Riigikantselei, lk 140
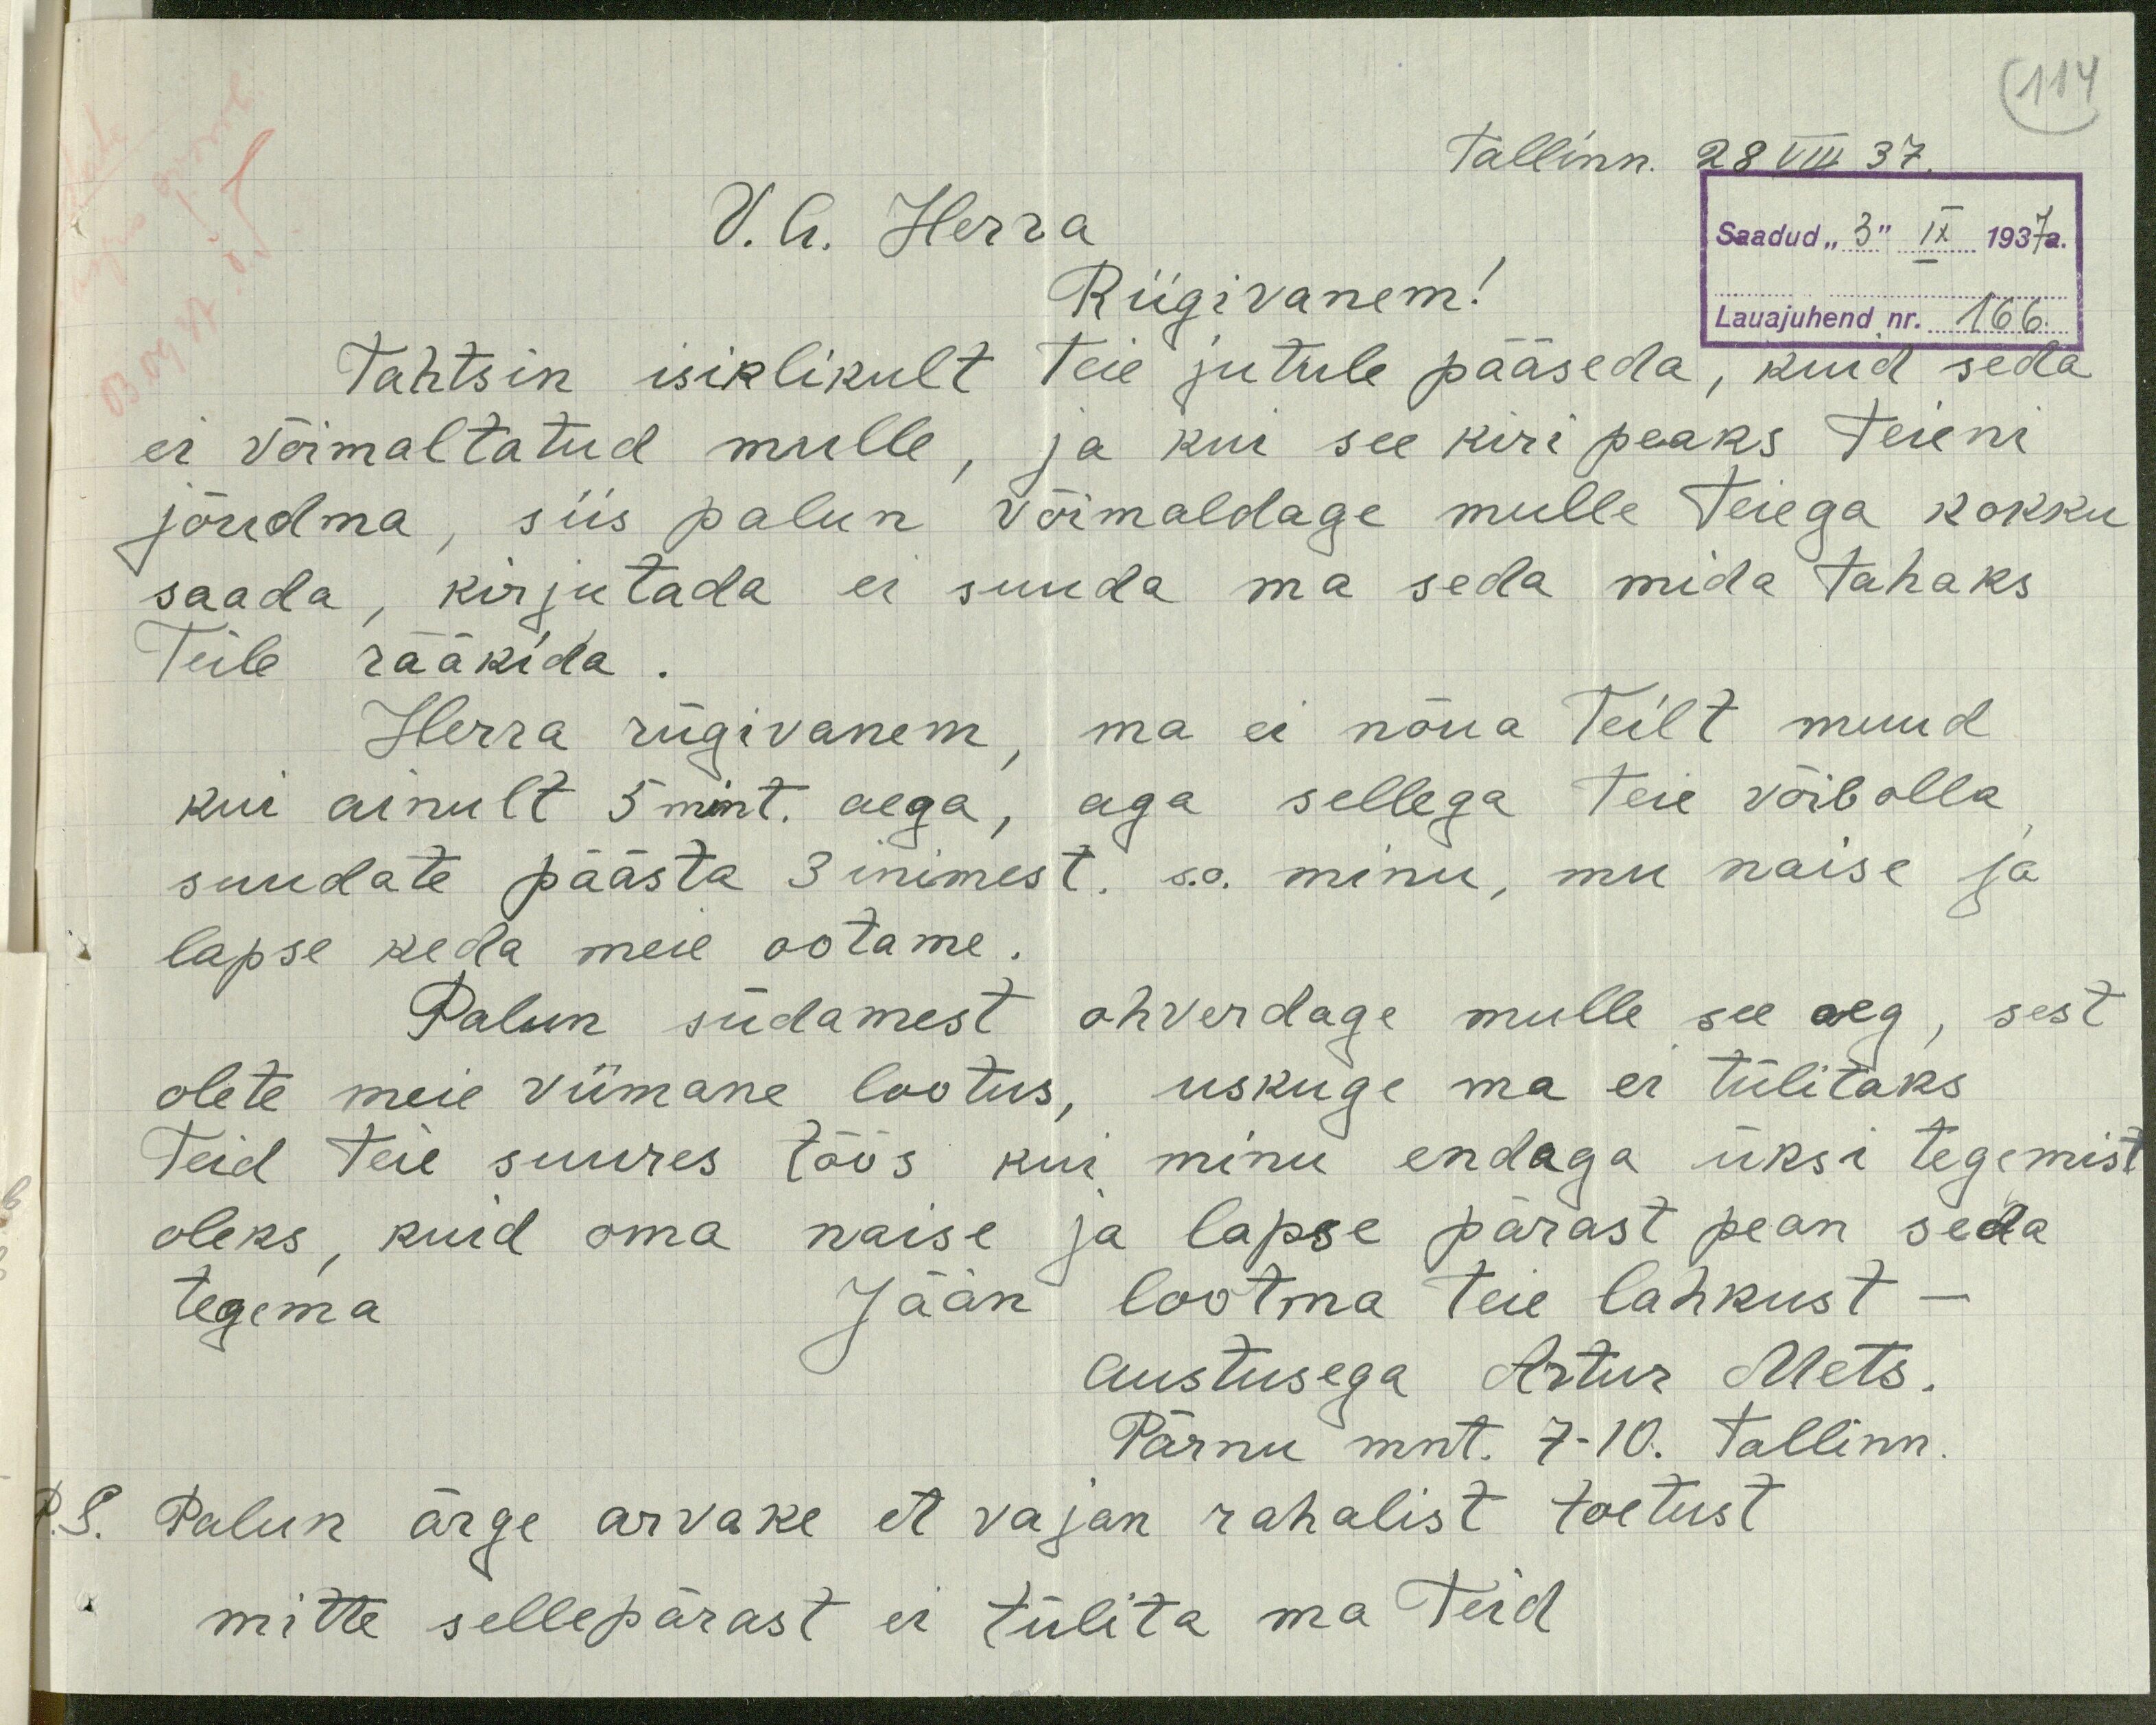
114
Tallinn. 28 VIII 37.
Saadud "3" IX 1937a.
Lauajuhend nr. 166.
V. A. Herra
Riigivanem!
Tahtsin isiklikult Teie jutule pääseda, kuid seda
ei võimaltatud mulle, ja kui see kiri peaks Teieni
jõudma, siis palun võimaldage mulle Teiega kokku
saada, kirjutada ei suuda ma seda mida tahaks
Teile rääkida
Herra riigivanem, ma ei nõua Teilt muud
kui ainult 5 mint. aega, aga sellega Teie võibolla
suudate päästa 3 inimest, s. o. minu, mu naise ja
lapse keda meie ootame.
Palun südamest ohverdage mulle see aeg, sest
olete meie viimane lootus, uskuge ma ei tülitaks
Teid Teie suures töös kui minu endaga üksi tegemist
oleks, kuid oma naise ja lapse pärast pean seda
tegema
Jään lootma Teie lahkust -
austusega Artur Mets.
Pärnu mnt. 7 - 10. Tallinn
P. S. Palun ärge arvake et vajan rahalist toetust
mitte sellepärast ei tülita ma Teid